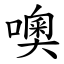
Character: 噢